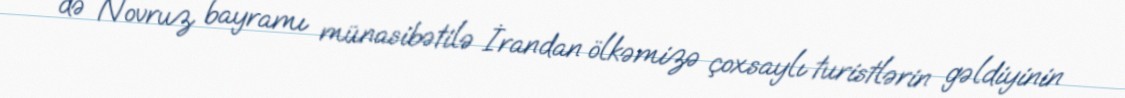
də Novruz bayramı münasibətilə İrandan ölkəmizə çoxsaylı turistlərin gəldiyinin